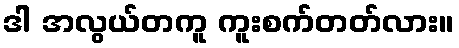
ဒါ အလွယ်တကူ ကူးစက်တတ်လား။